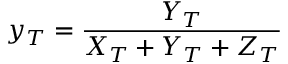
y _ { T } = { \frac { Y _ { T } } { X _ { T } + Y _ { T } + Z _ { T } } }